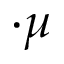
\cdot \mu